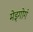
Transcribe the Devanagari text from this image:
मेइगोगं